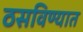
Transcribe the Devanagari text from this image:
ठसविण्यात